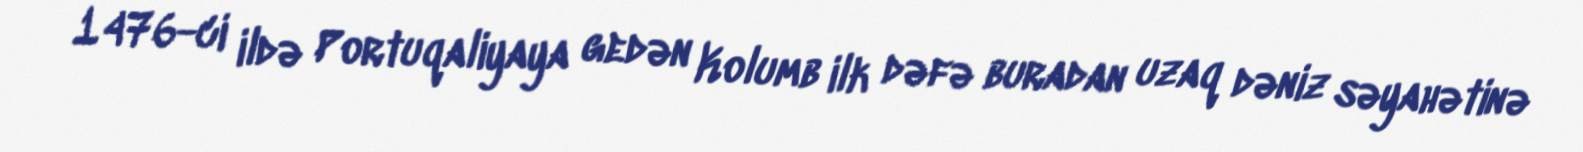
1476-ci ildə Portuqaliyaya gedən Kolumb ilk dəfə buradan uzaq dəniz səyahətinə